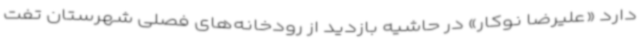
دارد «علیرضا نوکار» در حاشیه بازدید از رودخانه‌های فصلی شهرستان تفت